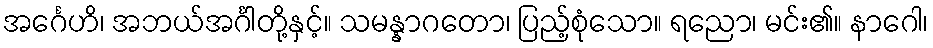
အင်္ဂေဟိ၊ အဘယ်အင်္ဂါတို့နှင့်။ သမန္နာဂတော၊ ပြည့်စုံသော။ ရညော၊ မင်း၏။ နာဂေါ၊